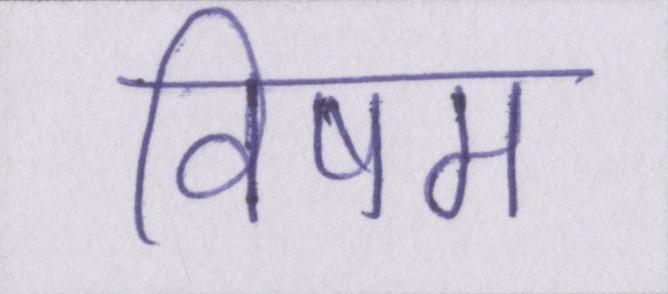
विषम